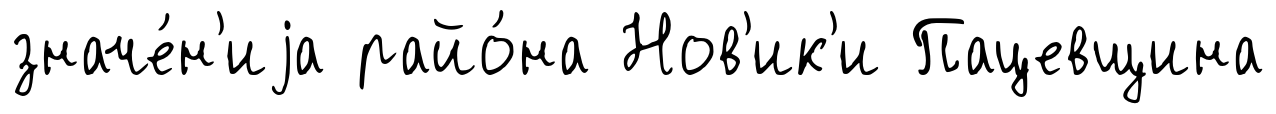
значе́н'иjа райо́на Нов'ик'и Пацевщина